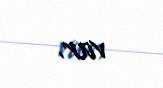
var.